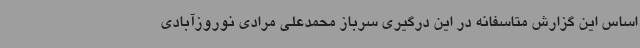
اساس این گزارش متاسفانه در این درگیری سرباز محمدعلی مرادی نوروزآبادی